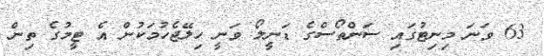
63 ވަނަ މިނިޓުގައި ސަންތޯސްގެ ޑަނީލޯ ވަނީ ހިލޭޖެހުމަކުން އެ ޓީމުގެ ތިން